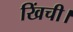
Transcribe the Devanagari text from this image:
खिंची।